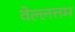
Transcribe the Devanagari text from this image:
वेल्लत्तम